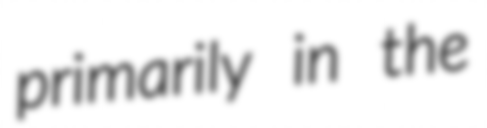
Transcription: primarily in the